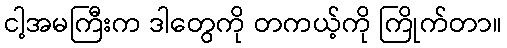
ငါ့အမကြီးက ဒါတွေကို တကယ့်ကို ကြိုက်တာ။